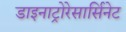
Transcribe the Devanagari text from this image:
डाइनाट्रोरेसार्सिनेट